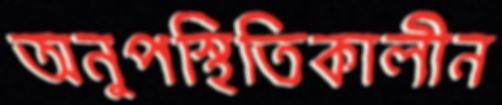
অনুপস্থিতিকালীন